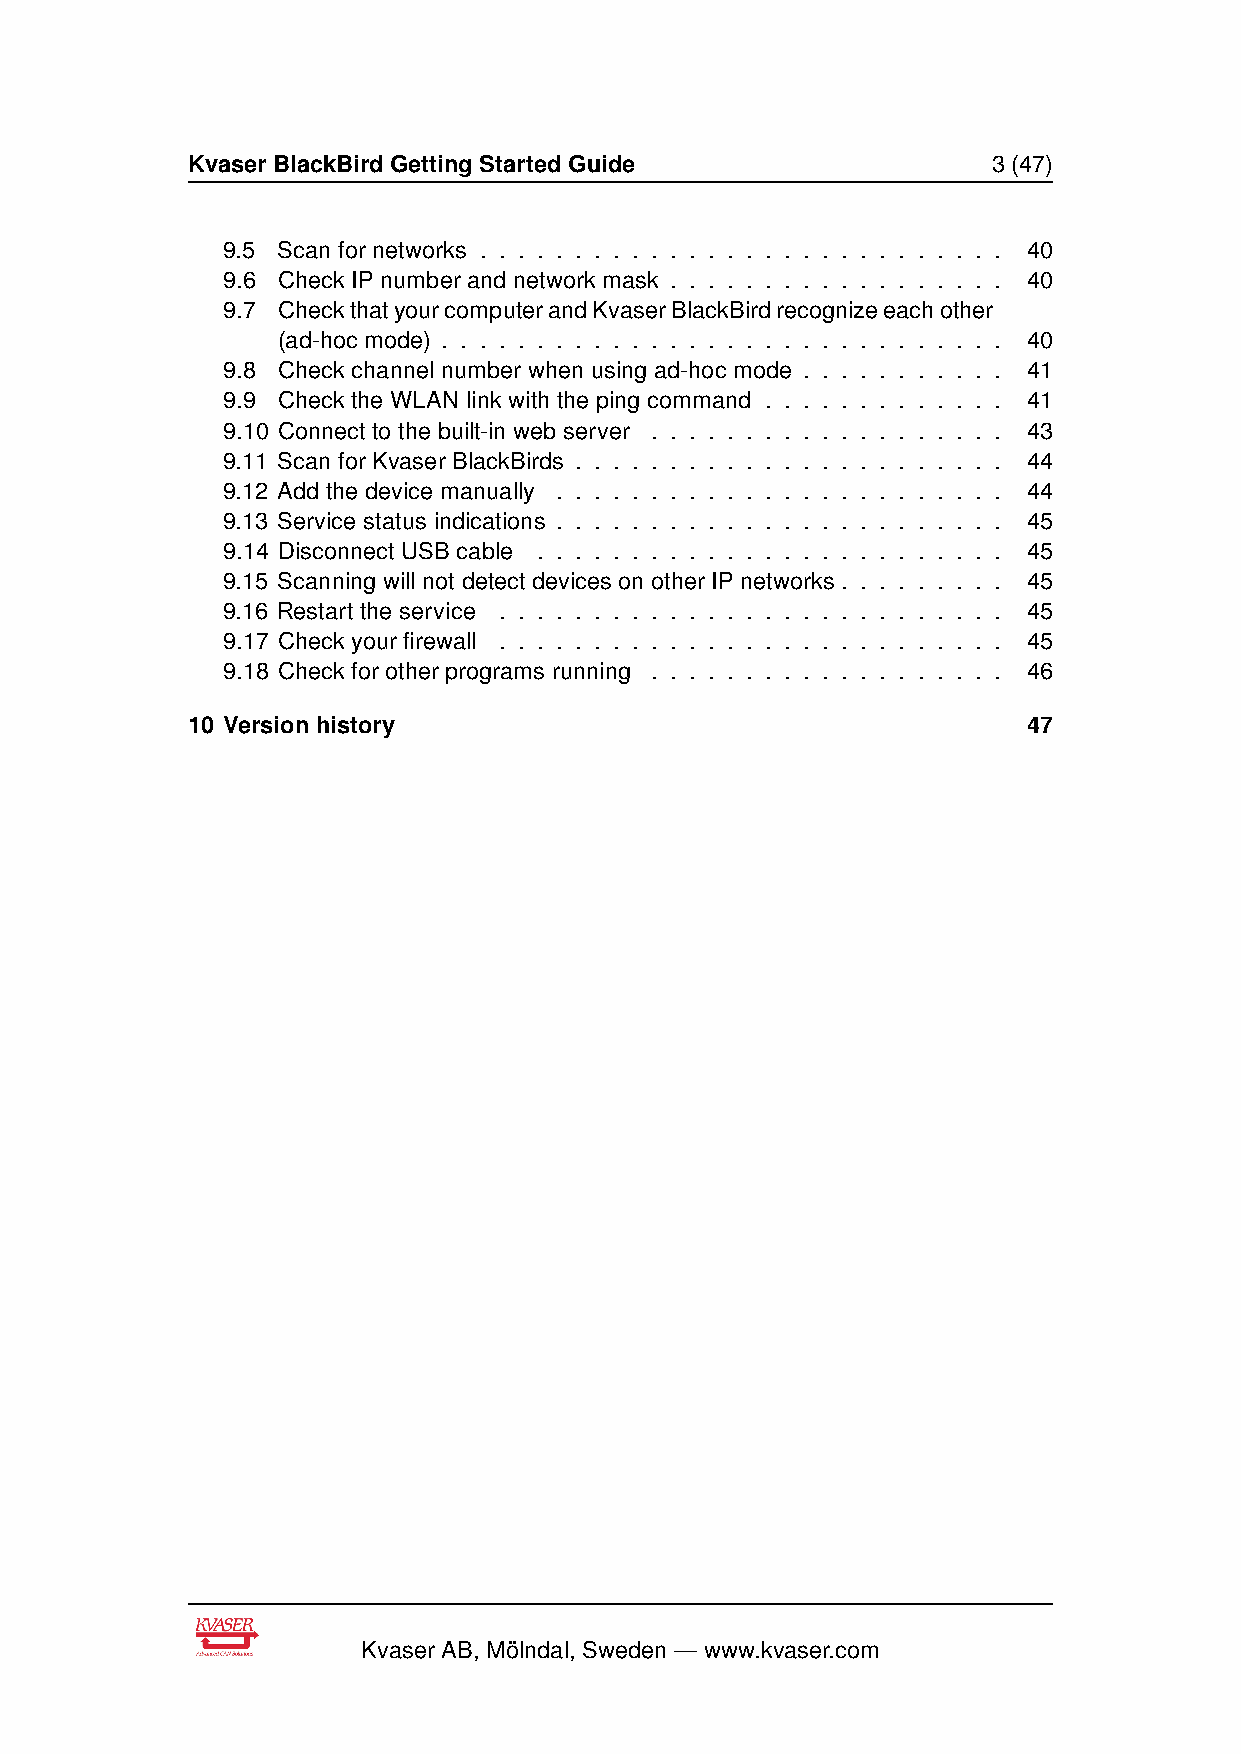
Kvaser BlackBird Getting Started Guide                3 (47)
 9.5 Scan for networks . . . . . . . . . . . . . . . . . . . . . . . . . . . . 40
 9.6 Check IP number and network mask . . . . . . . . . . . . . . . . . . 40
 9.7 CheckthatyourcomputerandKvaserBlackBirdrecognizeeachother
 (ad-hoc mode) . . . . . . . . . . . . . . . . . . . . . . . . . . . . . . 40
 9.8 Check channel number when using ad-hoc mode . . . . . . . . . . . 41
 9.9 Check the WLAN link with the ping command . . . . . . . . . . . . . 41
 9.10 Connect to the built-in web server . . . . . . . . . . . . . . . . . . . 43
 9.11 Scan for Kvaser BlackBirds . . . . . . . . . . . . . . . . . . . . . . . 44
 9.12 Add the device manually . . . . . . . . . . . . . . . . . . . . . . . . 44
 9.13 Service status indications . . . . . . . . . . . . . . . . . . . . . . . . 45
 9.14 Disconnect USB cable . . . . . . . . . . . . . . . . . . . . . . . . . 45
 9.15 Scanning will not detect devices on other IP networks . . . . . . . . . 45
 9.16 Restart the service . . . . . . . . . . . . . . . . . . . . . . . . . . . 45
 9.17 Check your firewall . . . . . . . . . . . . . . . . . . . . . . . . . . . 45
 9.18 Check for other programs running . . . . . . . . . . . . . . . . . . . 46
 10 Version history                                      47
 Kvaser AB, Mölndal, Sweden — www.kvaser.com